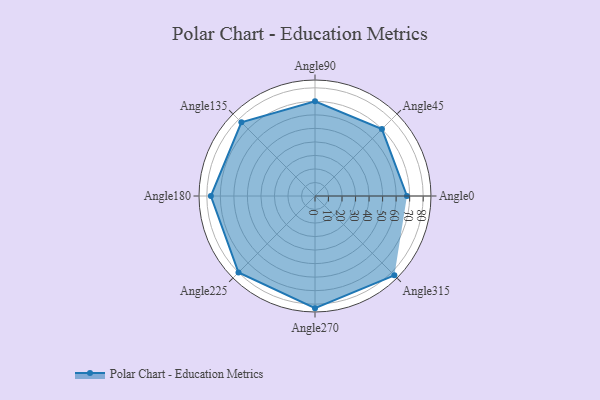
{"axis": {"x": "Angle", "y": "Radius"}, "legend": [""], "data": [{"x": "Angle0", "y": 68.0, "type": ""}, {"x": "Angle45", "y": 70.0, "type": ""}, {"x": "Angle90", "y": 70.0, "type": ""}, {"x": "Angle135", "y": 77.0, "type": ""}, {"x": "Angle180", "y": 77.0, "type": ""}, {"x": "Angle225", "y": 80.0, "type": ""}, {"x": "Angle270", "y": 83.0, "type": ""}, {"x": "Angle315", "y": 83.0, "type": ""}]}